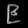
Digit: ၉